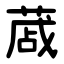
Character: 蒧